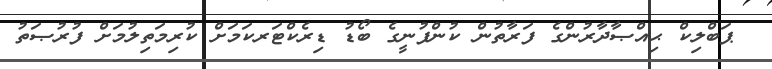
ޕަބްލިކް ޙިއްޞާދާރުންގެ ފަރާތުން ކުންފުނީގެ ބޯޑު ޑިރެކްޓަރކަމަށް ކުރިމަތިލުމަށް ފުރުޞަތު